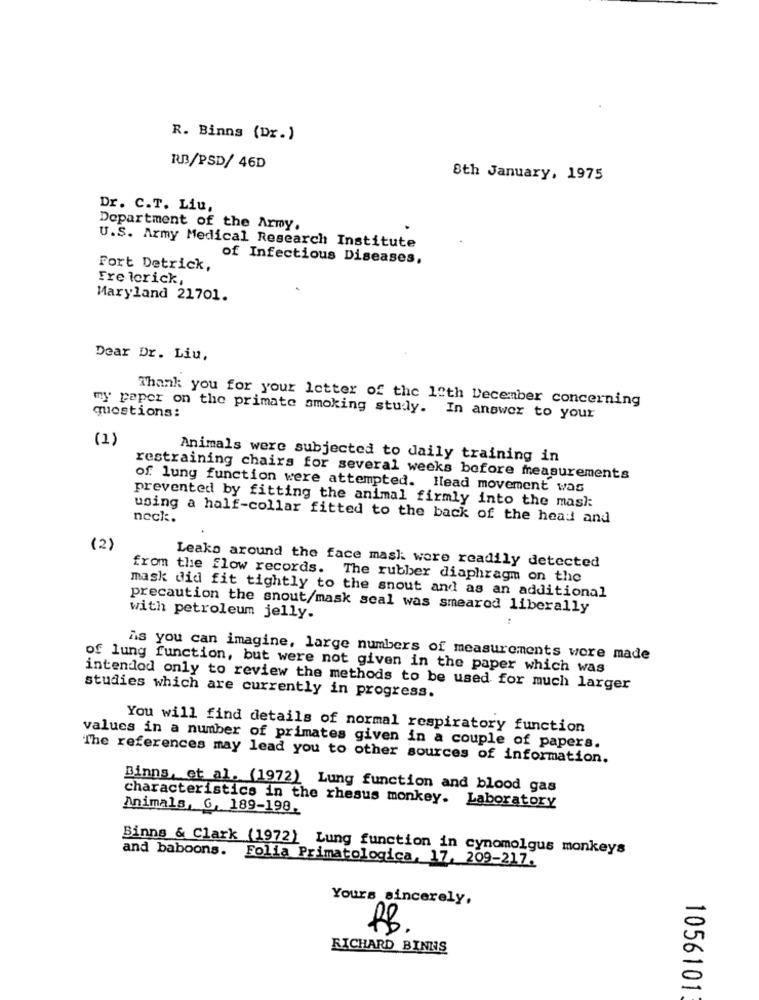
R. Binns (Dr.)
RB/PSD/ 46D
8th January, 1975
Dr. C.T. Liu,
Department of the Army.
U.S. Army Medical Research Institute
of Infectious Diseases,
Fort Detrick,
Fre lerick,
Maryland 21701.
Dear Dr. Liu,
Thank you for your letter of the 12th December concerning
questions:
my paper on the primate smoking study. In answer to your
(1)
Animals were subjected to daily training in
restraining chairs for several weeks before measurements
of lung function were attempted. Ilead movement was
prevented by fitting the animal firmly into the mask
neck :.
using a half-collar fitted to the back of the head and
(2)
from the flow records.
Leaks around the face mask wore readily detected
The rubber diaphragm on the
mask did fit tightly to the snout and as an additional
precaution the snout/mask scal was smeared liberally
with petroleum jelly.
As you can imagine, large numbers of measurements were made
of lung function, but were not given in the paper which was
intended only to review the methods to be used for much larger
studies which are currently in progress.
You will find details of normal respiratory function
values in a number of primates given in a couple of papers.
The references may lead you to other sources of information.
Binns, et al. (1972) Lung function and blood gas
Animals, G. 189-198.
characteristics in the rhesus monkey. Laboratory
Binns & Clark (1972) Lung function in cynomolgus monkeys
and baboons.
Folia Primatologica, 17, 209-217.
Yours sincerely,
RB
RICHARD BINNS
1056101